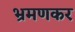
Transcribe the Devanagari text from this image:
भ्रमणकर